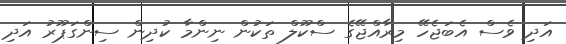
އަދި ވެސް އެބަޖެހޭ މިރާއްޖޭގެ ސްކޫލް ތަކުން ނިންމާ ކުދިން ސިންގަޕޫރު އަދި